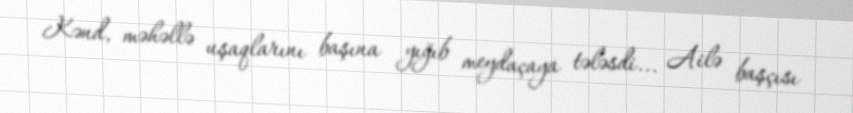
Kənd, məhəllə uşaqlarını başına yığıb meydaçaya tələsdi... Ailə başçısı